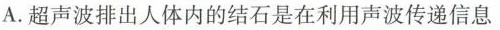
A.超声波排出人体内的结石是在利用声波传递信息